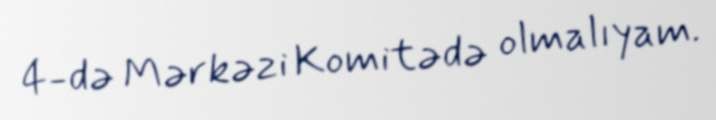
4-də Mərkəzi Komitədə olmalıyam.